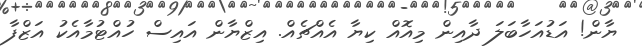
ޔާން! އަޑުއަހާބަލަ ދާއިން މިއޮއް ކިޔާ އެއްޗެއް. އިޒްޔާން އައިސް ހުއްޓުމާއެކު އަޒްފާ